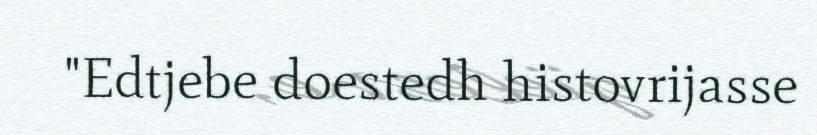
"Edtjebe doestedh histovrijasse